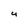
Character: 4